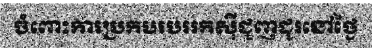
ចំពោះការប្រកបរបររកស៊ីជួញដូរនៅថ្ងៃ